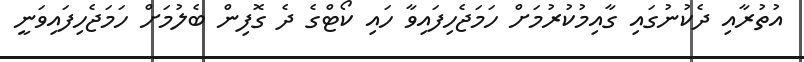
އުތުރާއި ދެކުނުގައި ގާއިމުކުރުމަށް ހަމަޖެހިފައިވާ ހައި ކޯޓްގެ ދެ ގޮފިން ބެލުމަށް ހަމަޖެހިފައިވަނީ